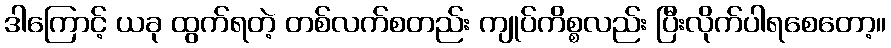
ဒါကြောင့် ယခု ထွက်ရတဲ့ တစ်လက်စတည်း ကျုပ်ကိစ္စလည်း ပြီးလိုက်ပါရစေတော့။